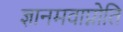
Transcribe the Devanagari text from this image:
ज्ञानमवाप्नोति